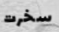
سخرت